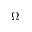
\Omega